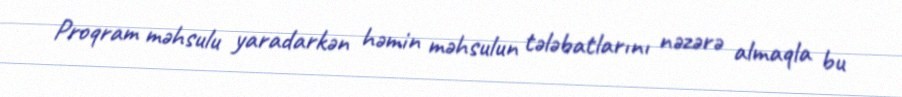
Proqram məhsulu yaradarkən həmin məhsulun tələbatlarını nəzərə almaqla bu